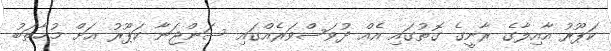
ކަޕޫރު އާއިލާގެ ރާނީގެ ގޮތުގައި އެއް ދުވަސްވަރެއްގައި ސަންޖަނާ ކަޕޫރު އަށް މުޚާތަބު